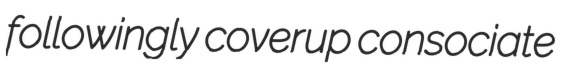
followingly coverup consociate